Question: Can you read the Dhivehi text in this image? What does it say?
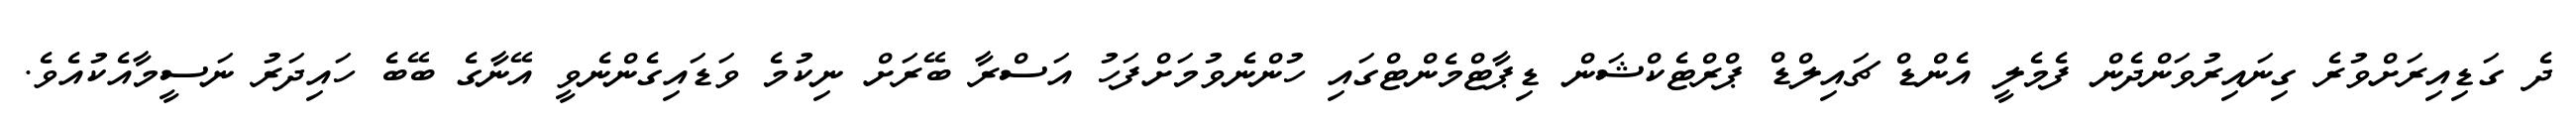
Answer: ދެ ގަޑިއިރަށްވުރެ ގިނައިރުވަންދެން ފެމެލީ އެންޑް ޗައިލްޑް ޕްރްޓެކްޝަން ޑިޕާޓްމެންޓްގައި ހުންނެވުމަށްފަހު އަސްރާ ބޭރަށް ނިކުމެ ވަޑައިގެންނެވީ އޭނާގެ ބޭބެ ހައިދަރު ނަސީމާއެކުއެވެ.